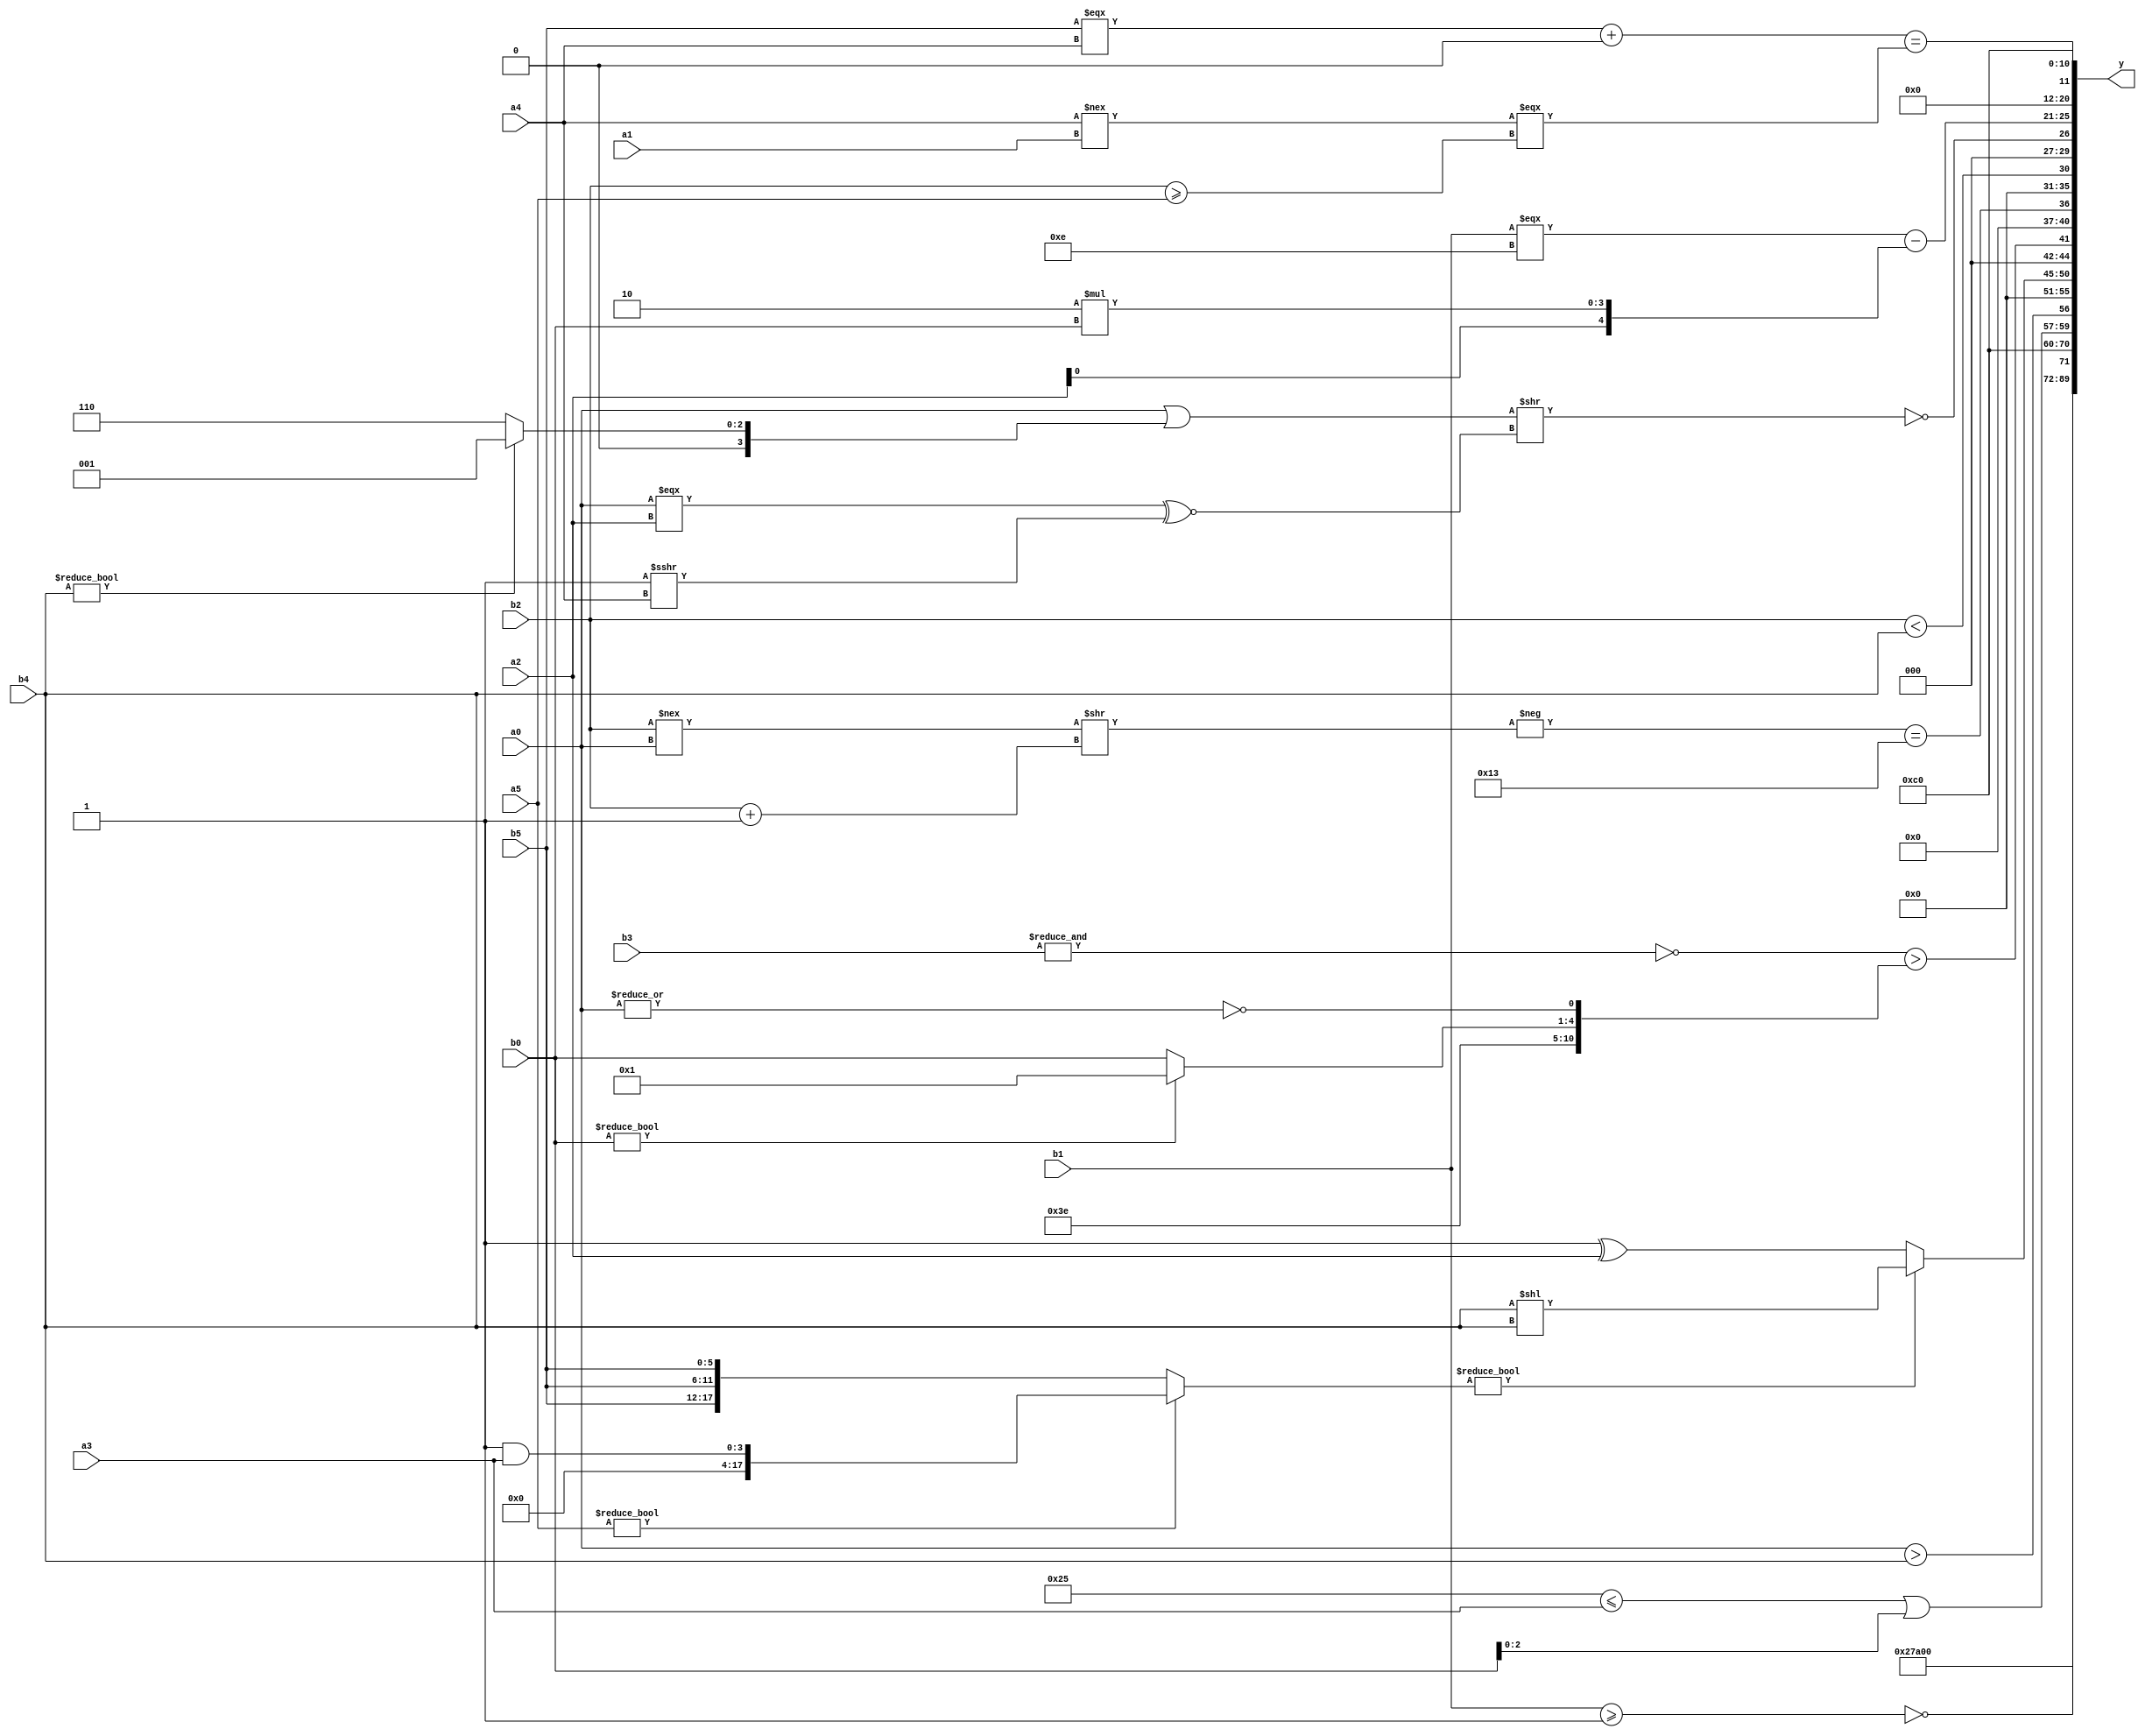
module expression_00994(a0, a1, a2, a3, a4, a5, b0, b1, b2, b3, b4, b5, y);
  input [3:0] a0;
  input [4:0] a1;
  input [5:0] a2;
  input signed [3:0] a3;
  input signed [4:0] a4;
  input signed [5:0] a5;

  input [3:0] b0;
  input [4:0] b1;
  input [5:0] b2;
  input signed [3:0] b3;
  input signed [4:0] b4;
  input signed [5:0] b5;

  wire [3:0] y0;
  wire [4:0] y1;
  wire [5:0] y2;
  wire signed [3:0] y3;
  wire signed [4:0] y4;
  wire signed [5:0] y5;
  wire [3:0] y6;
  wire [4:0] y7;
  wire [5:0] y8;
  wire signed [3:0] y9;
  wire signed [4:0] y10;
  wire signed [5:0] y11;
  wire [3:0] y12;
  wire [4:0] y13;
  wire [5:0] y14;
  wire signed [3:0] y15;
  wire signed [4:0] y16;
  wire signed [5:0] y17;

  output [89:0] y;
  assign y = {y0,y1,y2,y3,y4,y5,y6,y7,y8,y9,y10,y11,y12,y13,y14,y15,y16,y17};

  localparam [3:0] p0 = (~&({((4'd9)|(-5'sd1)),((3'd4)<<<(4'sd0)),((5'd24)&&(2'd3))}+((~|{(4'sd0)})==(|(^(4'sd0))))));
  localparam [4:0] p1 = (5'd2 * (3'd0));
  localparam [5:0] p2 = (3'sd1);
  localparam signed [3:0] p3 = (~|((!(-{(!((-2'sd1)>>(4'd8)))}))|(((4'd5)&&(-3'sd3))+((4'd4)||(5'sd7)))));
  localparam signed [4:0] p4 = {(({(~^(-3'sd3))}<=((5'sd4)||(-2'sd0)))^(-{{{(4'd0),(2'd3),(3'd4)}},((4'sd6)^(-4'sd2))}))};
  localparam signed [5:0] p5 = ((2'sd1)-(5'sd3));
  localparam [3:0] p6 = (-{4{(+(4'd10))}});
  localparam [4:0] p7 = ((((-4'sd6)?(4'd11):(-3'sd0))<<((-2'sd1)?(3'd2):(4'sd4)))?(((5'd6)!=(4'd3))^((3'sd1)+(2'sd0))):((-(5'sd15))?(~(3'sd3)):((4'sd0)?(2'd1):(2'sd1))));
  localparam [5:0] p8 = ((3'd0)?(-2'sd1):(3'd3));
  localparam signed [3:0] p9 = {(({(-2'sd1),(5'sd12)}!=={(5'd1),(4'sd7)})<=(((3'd7)-(-4'sd4))>((3'd5)-(5'd18)))),{((5'd18)-(2'd2)),((-4'sd1)^(4'sd0)),{(5'sd15),(5'sd14)}}};
  localparam signed [4:0] p10 = ((((3'sd0)>>>(4'd11))||(~&(4'd10)))>=(-2'sd1));
  localparam signed [5:0] p11 = ({1{(2'sd1)}}?(~&(-5'sd2)):((4'd1)?(3'd4):(5'd3)));
  localparam [3:0] p12 = ((-5'sd11)|(5'd8));
  localparam [4:0] p13 = ((-4'sd7)^~(((2'd0)-(3'd5))===(5'sd9)));
  localparam [5:0] p14 = {(!{(2'd0)}),((-3'sd3)?(4'd2):(2'd1)),(-(~^(4'd12)))};
  localparam signed [3:0] p15 = (-((4'd3)?(-2'sd1):(3'sd2)));
  localparam signed [4:0] p16 = {2{(-2'sd0)}};
  localparam signed [5:0] p17 = (|(~&(((2'sd1)||(-3'sd2))?(~&(3'd6)):(^(-4'sd6)))));

  assign y0 = {3{{4{(3'd1)}}}};
  assign y1 = (-3'sd3);
  assign y2 = (~|$unsigned({{b2,p15},(p13?b2:a2),$unsigned(b1)}));
  assign y3 = $unsigned((~|{4{(b1>=p15)}}));
  assign y4 = (2'd3);
  assign y5 = ((4'd4)?(3'd0):(b4==b4));
  assign y6 = {(a4?p6:a1),((p14<=a3)|{p10,b0}),((a0>b4))};
  assign y7 = (p17&&p17);
  assign y8 = $unsigned((($signed(a5)?(p0&a3):{3{b5}})?({3{p14}}?(b4<<b4):{3{b4}}):{2{(p15^a2)}}));
  assign y9 = ({((a2<<p12)?(a4?b0:p1):(~&b3))}>{(~p11),(b0?p0:b0),(~|a0)});
  assign y10 = ((-((b2!==a0)>>(b2+p0)))=={{(p8+p6),(~|p7)}});
  assign y11 = (b2<b4);
  assign y12 = (~|(((+(+a0))||(b4?p0:p6))>>((a0===a2)^~(p3>>>a4))));
  assign y13 = ({({b1}===(4'd14))}-{{p12,a2},(4'd2 * b0)});
  assign y14 = ((((p8^p0)==(a2^~p11))>{3{p1}})>>({1{(p10&p3)}}<((p11>>>p4)<{4{p5}})));
  assign y15 = (((b5===a4)+(p4-p4))==((a4!==a1)===(b2>=a5)));
  assign y16 = (3'sd3);
  assign y17 = ({4{p12}}&({4{p10}}>>>(~&p0)));
endmodule